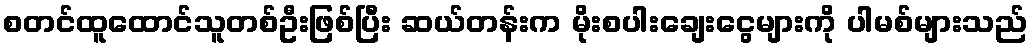
စတင်ထူထောင်သူတစ်ဦးဖြစ်ပြီး ဆယ်တန်းက မိုးစပါးချေးငွေများကို ပါမစ်များသည်